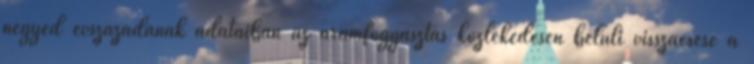
negyed évszázadának adataiban az áramfogyasztás közlekedésen belüli visszaesése a